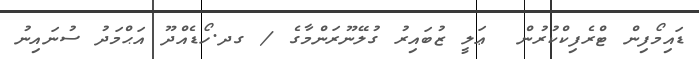
ޑައިމޯފިން ޓްރެފިކްކުރުން  ޢަލީ ޒުބައިރު ގުލޭނޫރަންމާގެ / ގދ.ހޯޑެއްދޫ އަޙްމަދު ސުނައިނު